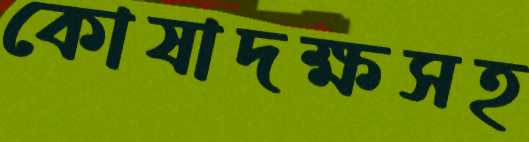
কোষাদক্ষসহ